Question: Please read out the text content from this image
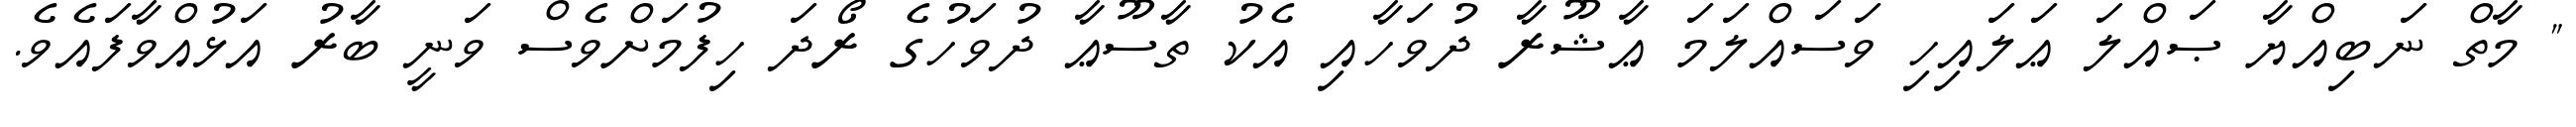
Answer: " މާތް ނަބިއްޔާ ޞައްލަ ޢަލައިހި ވަސައްލަމަ ޢާޝޫރާ ދުވަހާއި އެކު ތާސޫޢާ ދުވަހުގެ ރޯދަ ހިފުމަށްވެސް ވަނީ ބާރު އަޅުއްވާފައެވެ.